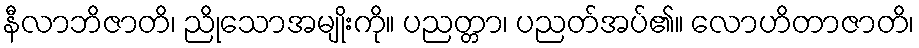
နီလာဘိဇာတိ၊ ညိုသောအမျိုးကို။ ပညတ္တာ၊ ပညတ်အပ်၏။ လောဟိတာဇာတိ၊